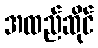
အထည်ဆိုင်